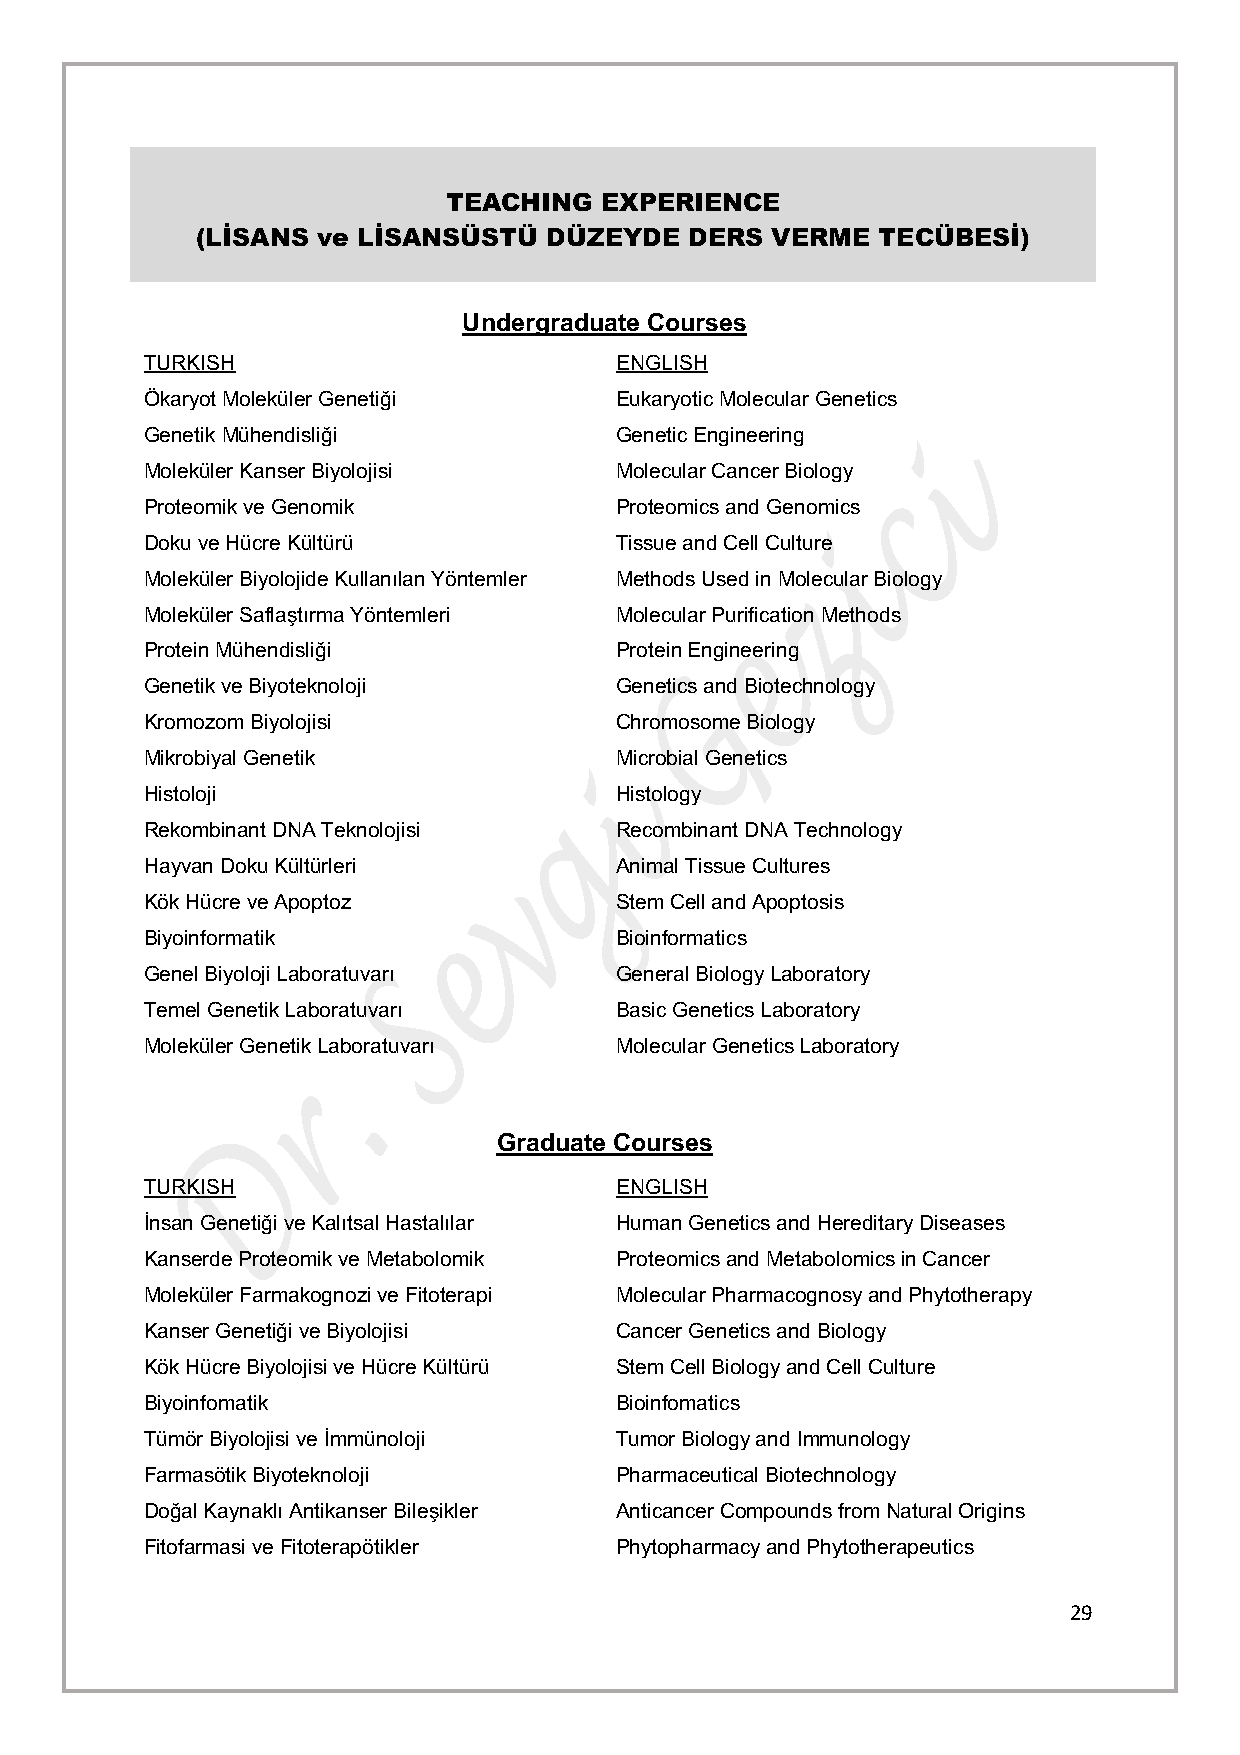
TEACHING   EXPERIENCE
 (LİSANS ve LİSANSÜSTÜ  DÜZEYDE   DERS VERME  TECÜBESİ)
 Undergraduate Courses
 TURKISH                        ENGLISH
 Ökaryot Moleküler Genetiği     Eukaryotic Molecular Genetics
 Genetik Mühendisliği           Genetic Engineering
 Moleküler Kanser Biyolojisi    Molecular Cancer Biology
 Proteomik ve Genomik           Proteomics and Genomics
 Doku ve Hücre Kültürü          Tissue and Cell Culture
 Moleküler Biyolojide Kullanılan Yöntemler Methods Used in Molecular Biology
 Moleküler Saflaştırma Yöntemleri Molecular Purification Methods
 Protein Mühendisliği           Protein Engineering
 Genetik ve Biyoteknoloji       Genetics and Biotechnology
 Kromozom Biyolojisi            Chromosome Biology
 Mikrobiyal Genetik             Microbial Genetics
 Histoloji                      Histology
 Rekombinant DNA Teknolojisi    Recombinant DNA Technology
 Hayvan Doku Kültürleri         Animal Tissue Cultures
 Kök Hücre ve Apoptoz           Stem Cell and Apoptosis
 Biyoinformatik                 Bioinformatics
 Genel Biyoloji Laboratuvarı    General Biology Laboratory
 Temel Genetik Laboratuvarı     Basic Genetics Laboratory
 Moleküler Genetik Laboratuvarı Molecular Genetics Laboratory
 Graduate Courses
 TURKISH                        ENGLISH
 İnsan Genetiği ve Kalıtsal Hastalılar Human Genetics and Hereditary Diseases
 Kanserde Proteomik ve Metabolomik Proteomics and Metabolomics in Cancer
 Moleküler Farmakognozi ve Fitoterapi Molecular Pharmacognosy and Phytotherapy
 Kanser Genetiği ve Biyolojisi  Cancer Genetics and Biology
 Kök Hücre Biyolojisi ve Hücre Kültürü Stem Cell Biology and Cell Culture
 Biyoinfomatik                  Bioinfomatics
 Tümör Biyolojisi ve İmmünoloji Tumor Biology and Immunology
 Farmasötik Biyoteknoloji       Pharmaceutical Biotechnology
 Doğal Kaynaklı Antikanser Bileşikler Anticancer Compounds from Natural Origins
 Fitofarmasi ve Fitoterapötikler Phytopharmacy and Phytotherapeutics
 29